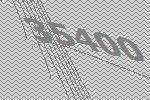
35400